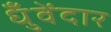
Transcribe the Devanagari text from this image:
धुँवेंदार